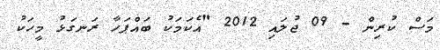
މަސް ކުރިން - 09 ޖުލައި 2012 "އެކަމަކު ބައްޕަހާ ރަނގަޅު މީހަކު